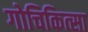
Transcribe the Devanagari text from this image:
गोचिकित्सा